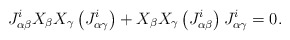
\begin{align*}J_{\alpha\beta}^{i}X_\beta X_\gamma\left(J_{\alpha\gamma}^{i}\right)+X_\beta X_\gamma\left(J_{\alpha\beta}^{i}\right)J_{\alpha\gamma}^{i}=0.\end{align*}